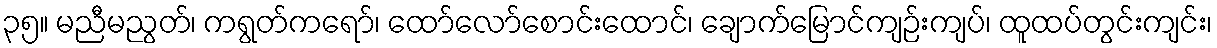
၃၅။ မညီမညွတ်၊ ကရွတ်ကရော်၊ ထော်လော်စောင်းထောင်၊ ချောက်မြောင်ကျဉ်းကျပ်၊ ထူထပ်တွင်းကျင်း၊